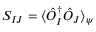
S _ { I J } = \langle \hat { O } _ { I } ^ { \dagger } \hat { O } _ { J } \rangle _ { \psi }